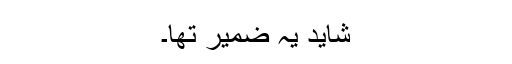
شاید یہ ضمیر تھا۔